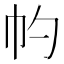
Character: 𢁕